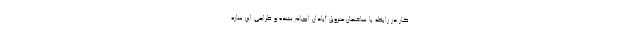
کار در رابطه با ساختمان متروپل آبادان انجام نشده و طراحی این سازه